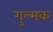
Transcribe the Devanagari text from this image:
गुल्मक